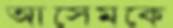
আসেমকে